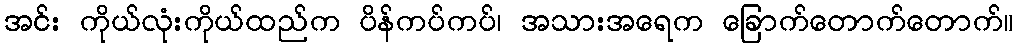
အင်း ကိုယ်လုံးကိုယ်ထည်က ပိန်ကပ်ကပ်၊ အသားအရေက ခြောက်တောက်တောက်။